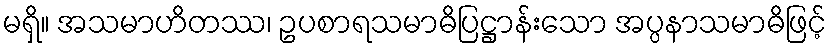
မရှိ။ အသမာဟိတဿ၊ ဥပစာရသမာဓိပြဋ္ဌာန်းသော အပ္ပနာသမာဓိဖြင့်